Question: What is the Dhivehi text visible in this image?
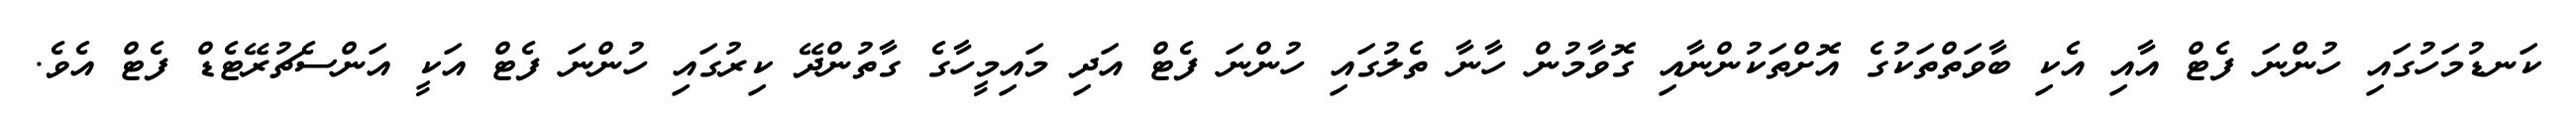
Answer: ކަނޑުމަހުގައި ހުންނަ ފެޓް އާއި އެކި ބާވަތްތަކުގެ އޮށްތަކުންނާއި ގޮވާމުން ހާނާ ތެލުގައި ހުންނަ ފެޓް އަދި މައިމީހާގެ ގާތުންދޭ ކިރުގައި ހުންނަ ފެޓް އަކީ އަންސެޗުރޭޓެޑް ފެޓް އެވެ.